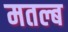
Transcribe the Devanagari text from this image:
मतल्ब